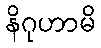
နိဂုဟာမိ